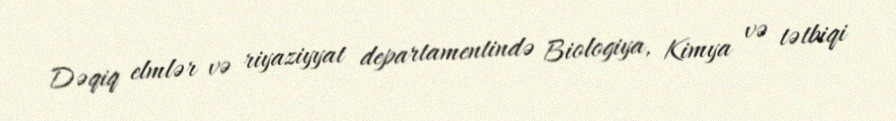
Dəqiq elmlər və riyaziyyat departamentində Biologiya, Kimya və tətbiqi